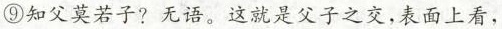
⑨知父莫若子？无语。这就是父子之交，表面上看，